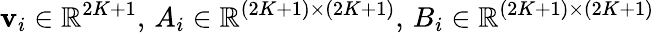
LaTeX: \mathbf{v}_{i}\in\mathbb{R}^{2K+1},\, A_{i}\in\mathbb{R}^{(2K+1)\times(2K+1)},\, B_{i}\in\mathbb{R}^{(2K+1)\times(2K+1)}